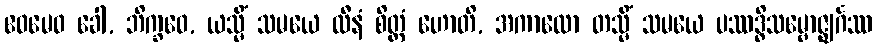
ဧဝမေဝ ခေါ, ဘိက္ခဝေ, ယသ္မိံ သမယေ လီနံ စိတ္တံ ဟောတိ, အကာလော တသ္မိံ သမယေ ပဿဒ္ဓိသမ္ဗောဇ္ဈင်္ဂဿ